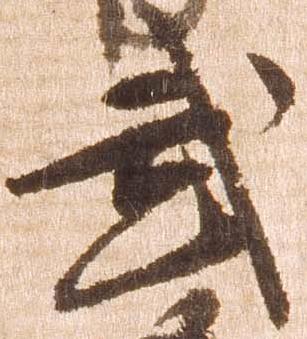
武